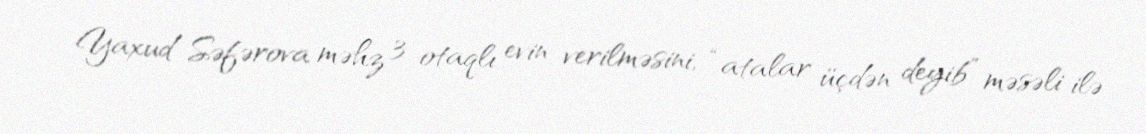
Yaxud Səfərova məhz 3 otaqlı evin verilməsini, “atalar üçdən deyib” məsəli ilə